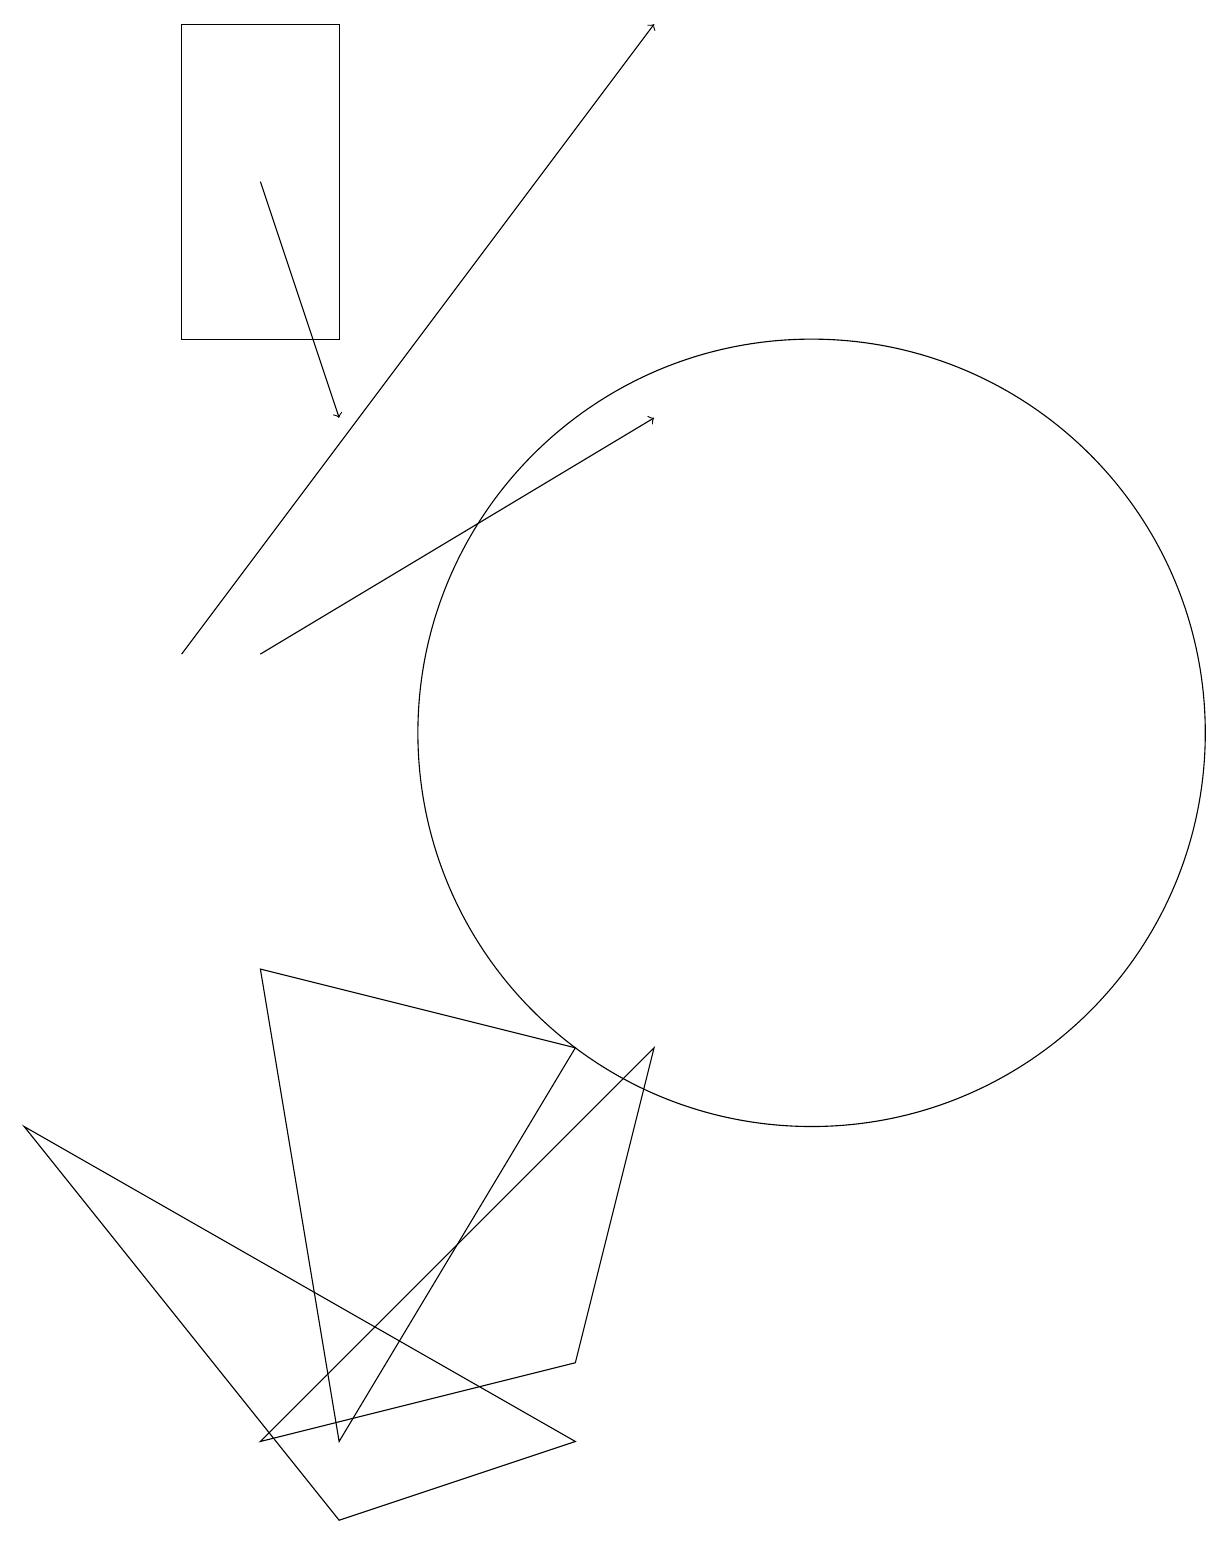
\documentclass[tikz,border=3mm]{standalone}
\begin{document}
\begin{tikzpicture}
\draw[->] (3,11) -- (9,19);
\draw (5,15) rectangle (3,19);
\draw (11,10) circle (5);
\draw (5,1) -- (4,7) -- (8,6) -- cycle;
\draw[->] (4,11) -- (9,14);
\draw (5,0) -- (1,5) -- (8,1) -- cycle;
\draw (8,2) -- (9,6) -- (4,1) -- cycle;
\draw[->] (4,17) -- (5,14);
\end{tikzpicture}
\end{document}